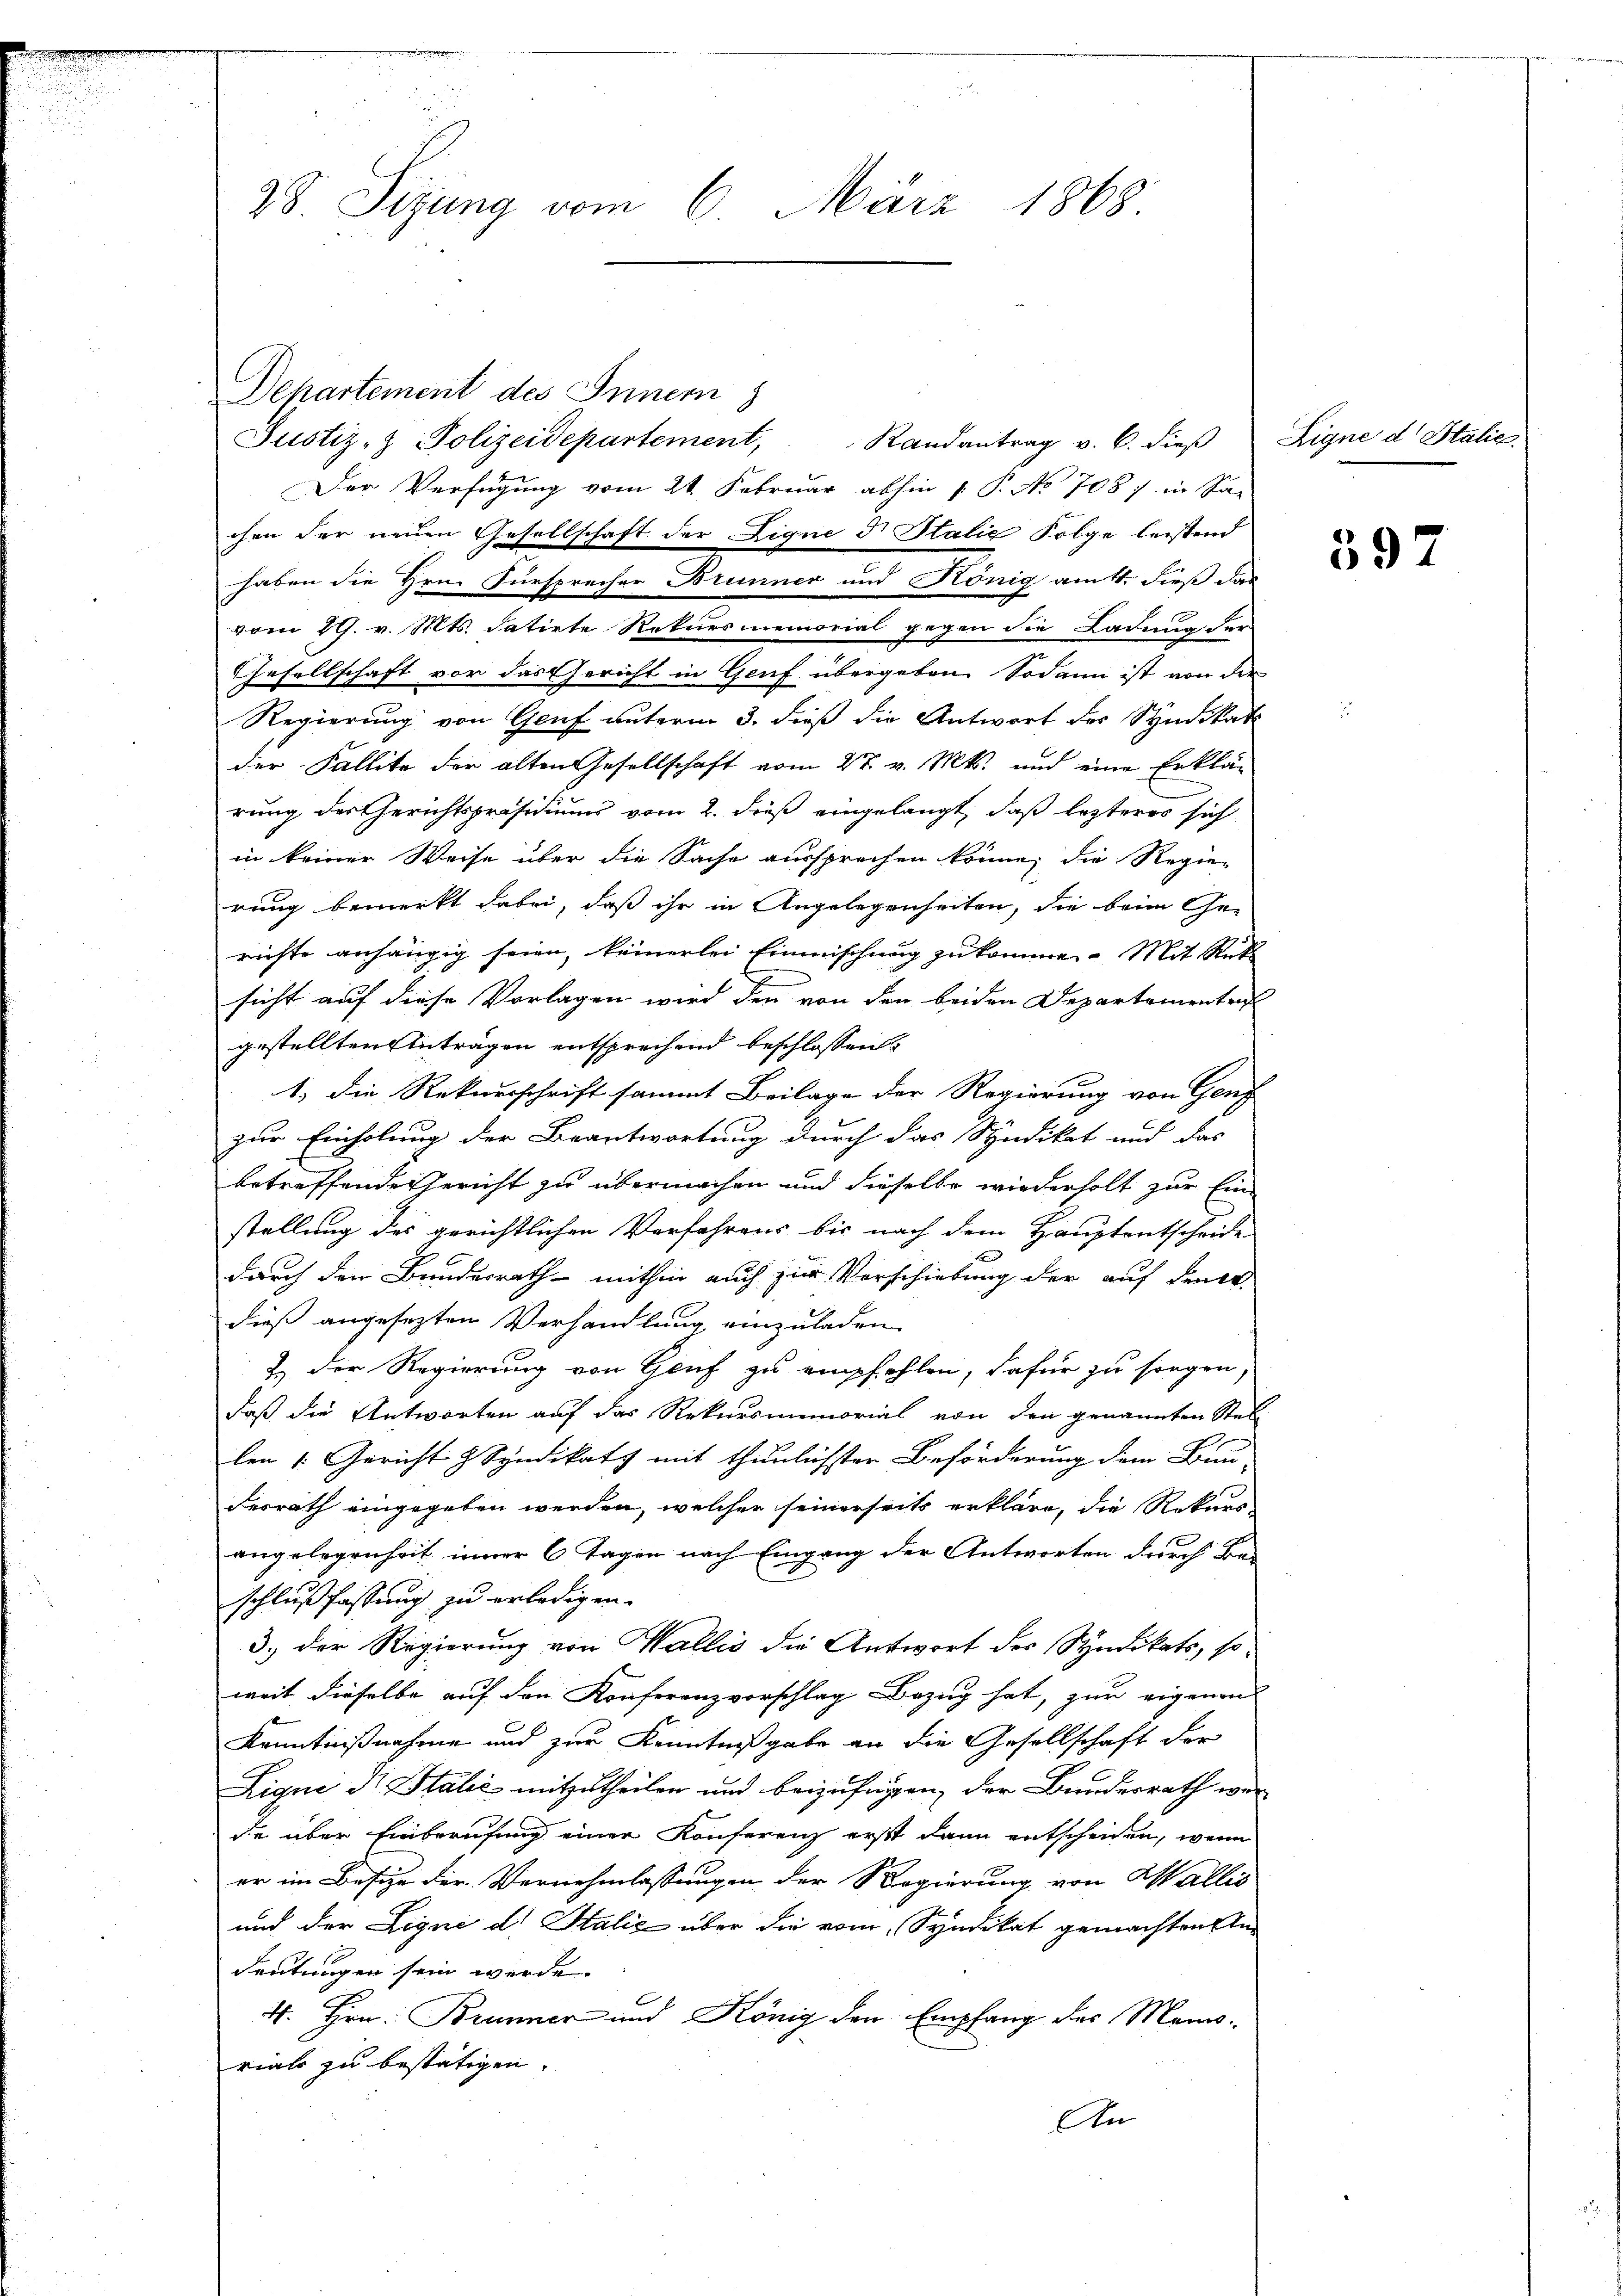
28 Sizung vom 6. März 1868

Departement des Innern
Justiz- & Polizeidepartement, Randantrag v. 6. dieβ
Der Verfügung vom 21. Februar abhin P. P. No 708 / in Sa-
chen der neuen Gesellschaft der Ligne d. Halić Folge leistend
vom 29. v. Mts. datirte Rekursmemorial gegen die Ladung der
Gesellschaft vor das Gericht in Genf übergeben. Sodann ist von der
Regierung von Genf unterm 3. dieß die Antwort des Syndikati
der Fallite der alten Gesellschaft vom 27. v. Mts. und eine Erklärung der Gerichtspräsidiums vom 2. dieß eingelangt, daß lezteres sich
in keiner Weise über die Sache aussprechen könne, die Regierung bemerkt dabei, daß ihr in Angelegenheiten, die beim Ge-
richte anhängig seien, keinerlei Einmischung zukommen. Mit Rük
sicht auf diese Vorlagen wird den von den beiden Departementen
gestellten Anträgen entsprechend beschlossen:
1.) Die Rekursschrift sammt Beilage der Regierung von Genz
zur Einholung der Beantwortung durch das Syndikat und das
betreffende Gericht zu übermachen und dieselbe wiederholt zur Einstellung des gerichtlichen Verfahrens bis nach dem Hauptentscheide
durch den Bundesrath mithin auch zur Vorschiebung der auf denke
dieß angesezten Verhandlung einzuladen
E der Regierung von Genf zu empfehlen, dafür zu sorgen,
daß die Antworten auf das Rekursmemorial von den genannten Stel
len 1. Gericht & Syndikats mit thunlichsten Beförderung dem Bun-
desrath eingegeben werden, welcher seinerseits erkläre, die Rekurs
angelegenheit inner 6 Tagen nach Eingang der Antworten durch Be-
schlußfassung zu erledigen.
3.) Der Regierung von Wallis die Antwort der Syndikats, soweit dieselbe auf den Konferenzvorschlag Bezug hat, zur eigenen
Kenntnißnahme und zur Kenntnißgabe an die Gesellschaft der
Ligne di talić mitzutheilen und beizufrigen, der Bundesrath wer
de über Einberufung einer Konferenz erst dann entscheiden, wenn
er im Besize der Vernehmlassungen der Regierung von Wallis
und der Ligne d. Stalić über die vom Syndikat gemachten An-
deutungen sein werde.
4. Hrn. Brunner und König den Empfang des Mannsviale zu bestätigen.
An

haben die Hrn. Fürsprecher Brunner und König am 4. dieß das

Ligne d Italie

397